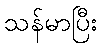
သန်မာပြီး